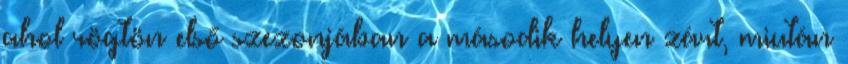
ahol rögtön első szezonjában a második helyen zárt, miután